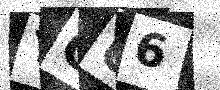
Text: YCU6